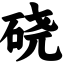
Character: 硗